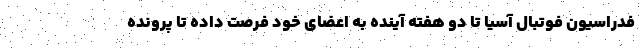
فدراسیون فوتبال آسیا تا دو هفته آینده به اعضای خود فرصت داده تا پرونده